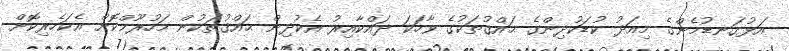
އަޅުގަނޑުމެންގެ މިއަދު ކުޑަކުދިންގެ ޙައްޤުތަކުގެ ވާހަކަ ދައްކާއިރު އެކުދިން ޙައްޤުތަކުން މަހުރޫމްކޮށް އެކަހެރިކޮށް